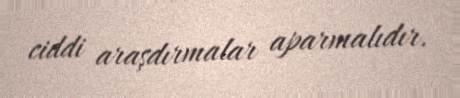
ciddi araşdırmalar aparmalıdır.